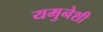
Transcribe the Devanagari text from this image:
यमुनेशी